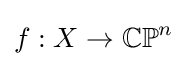
f:X\to \mathbb {CP} ^{n}